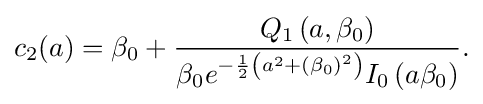
{\begin{aligned}c_{2}(a)=\beta _{0}+{\frac {Q_{1}\left(a,\beta _{0}\right)}{\beta _{0}e^{-{\frac {1}{2}}\left(a^{2}+\left(\beta _{0}\right)^{2}\right)}I_{0}\left(a\beta _{0}\right)}}.\end{aligned}}